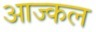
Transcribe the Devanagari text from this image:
आज्कल